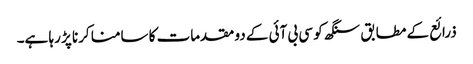
ذرائع کے مطابق سنگھ کو سی بی آئی کے دو مقدمات کا سامنا کرنا پڑ رہا ہے۔